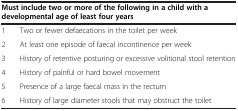
| <COLSPAN=2> Must include two or more of the following in a child with a |
 | <COLSPAN=2> developmental age of least four years |
 | --- | --- |
 | 1 | Two or fewer defaecations in the toilet per week |
 | 2 | At least one episode of faecal incontinence per week |
 | 3 | History of retentive posturing or excessive volitional stool retention |
 | 4 | History of painful or hard bowel movement |
 | 5 | Presence of a large faecal mass in the rectum |
 | 6 | History of large diameter stools that may obstruct the toilet |